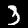
Label: 3